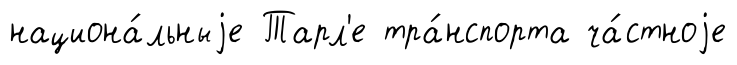
национа́льныjе Тарл'е тра́нспорта ча́стноjе